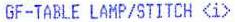
GF-TABLE LAMP/STITCH <I>